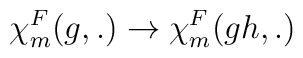
{\chi}^F_m(g,.) \rightarrow {\chi}^F_m(gh,.)